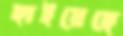
ছাইয়েছে